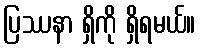
ပြဿနာ ရှိကို ရှိရမယ်။